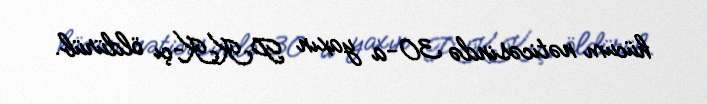
hücum nəticəsində 30-a yaxın PKK-çı öldürüb.